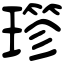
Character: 𤨤